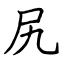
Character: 尻